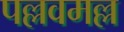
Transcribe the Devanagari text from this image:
पल्लवमल्ल